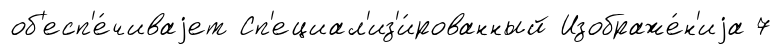
об'есп'е́чиваjет Сп'ециал'из'и́рованный Изображе́н'иjа 7